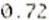
0.72